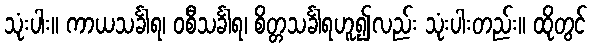
သုံးပါး။ ကာယသင်္ခါရ၊ ဝစီသင်္ခါရ၊ စိတ္တသင်္ခါရဟူ၍လည်း သုံးပါးတည်း။ ထိုတွင်